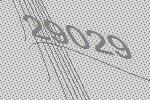
29029